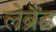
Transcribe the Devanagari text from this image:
लेब्रैंड